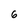
Character: 6